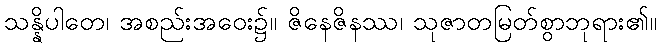
သန္နိပါတေ၊ အစည်းအဝေး၌။ ဇိနေဇိနဿ၊ သုဇာတမြတ်စွာဘုရား၏။